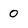
Character: 0